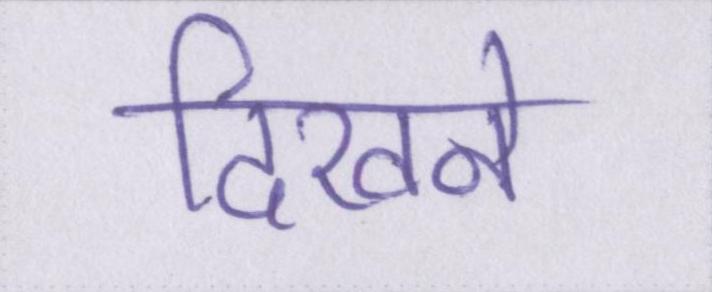
दिखने